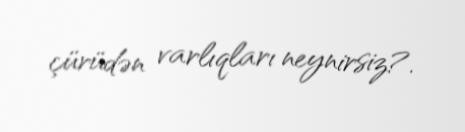
çürüdən varlıqları neynirsiz?.